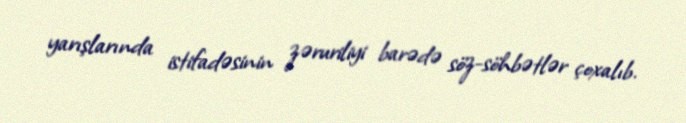
yarışlarında istifadəsinin zəruriliyi barədə söz-söhbətlər çoxalıb.